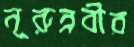
নূরুন্নবীর